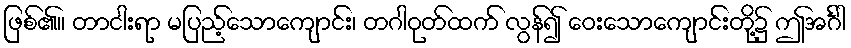
ဖြစ်၏။ တာငါးရာ မပြည့်သောကျောင်း၊ တဂါဝုတ်ထက် လွန်၍ ဝေးသောကျောင်းတို့၌ ဤအင်္ဂါ